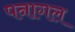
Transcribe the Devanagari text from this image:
पनागल